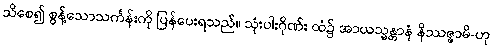
သိစေ၍ စွန့်သောသင်္ကန်းကို ပြန်ပေးရသည်။ သုံးပါးဂိုဏ်း ထံ၌ အာယသ္မန္တာနံ နိဿဇ္ဇာမိ-ဟု